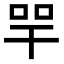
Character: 𢆔